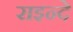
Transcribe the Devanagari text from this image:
राइन्दे